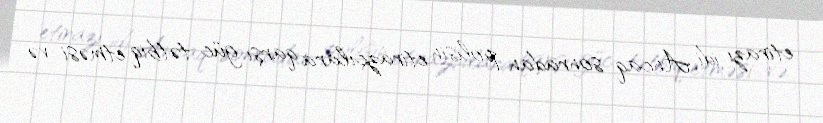
etirazı idi. Ancaq sonradan polisin etirazçılara qarşı güc tətbiq etməsi və